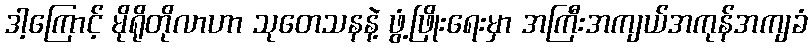
ဒါ့ကြောင့် မိုရိုတိုလာဟာ သုတေသနနဲ့ ဖွံ့ဖြိုးရေးမှာ အကြီးအကျယ်အကုန်အကျခံ